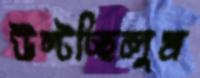
উল্‌টচ্ছিলুম